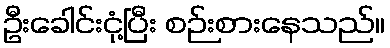
ဦးခေါင်းငုံ့ပြီး စဉ်းစားနေသည်။